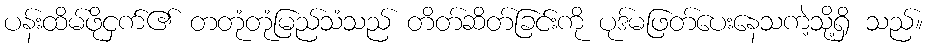
ပန်းထိမ်ဖိုငှက်၏ တတုံတုံမြည်သံသည် တိတ်ဆိတ်ခြင်းကို ပုဒ်မဖြတ်ပေးနေသကဲ့သို့ရှိ သည်။